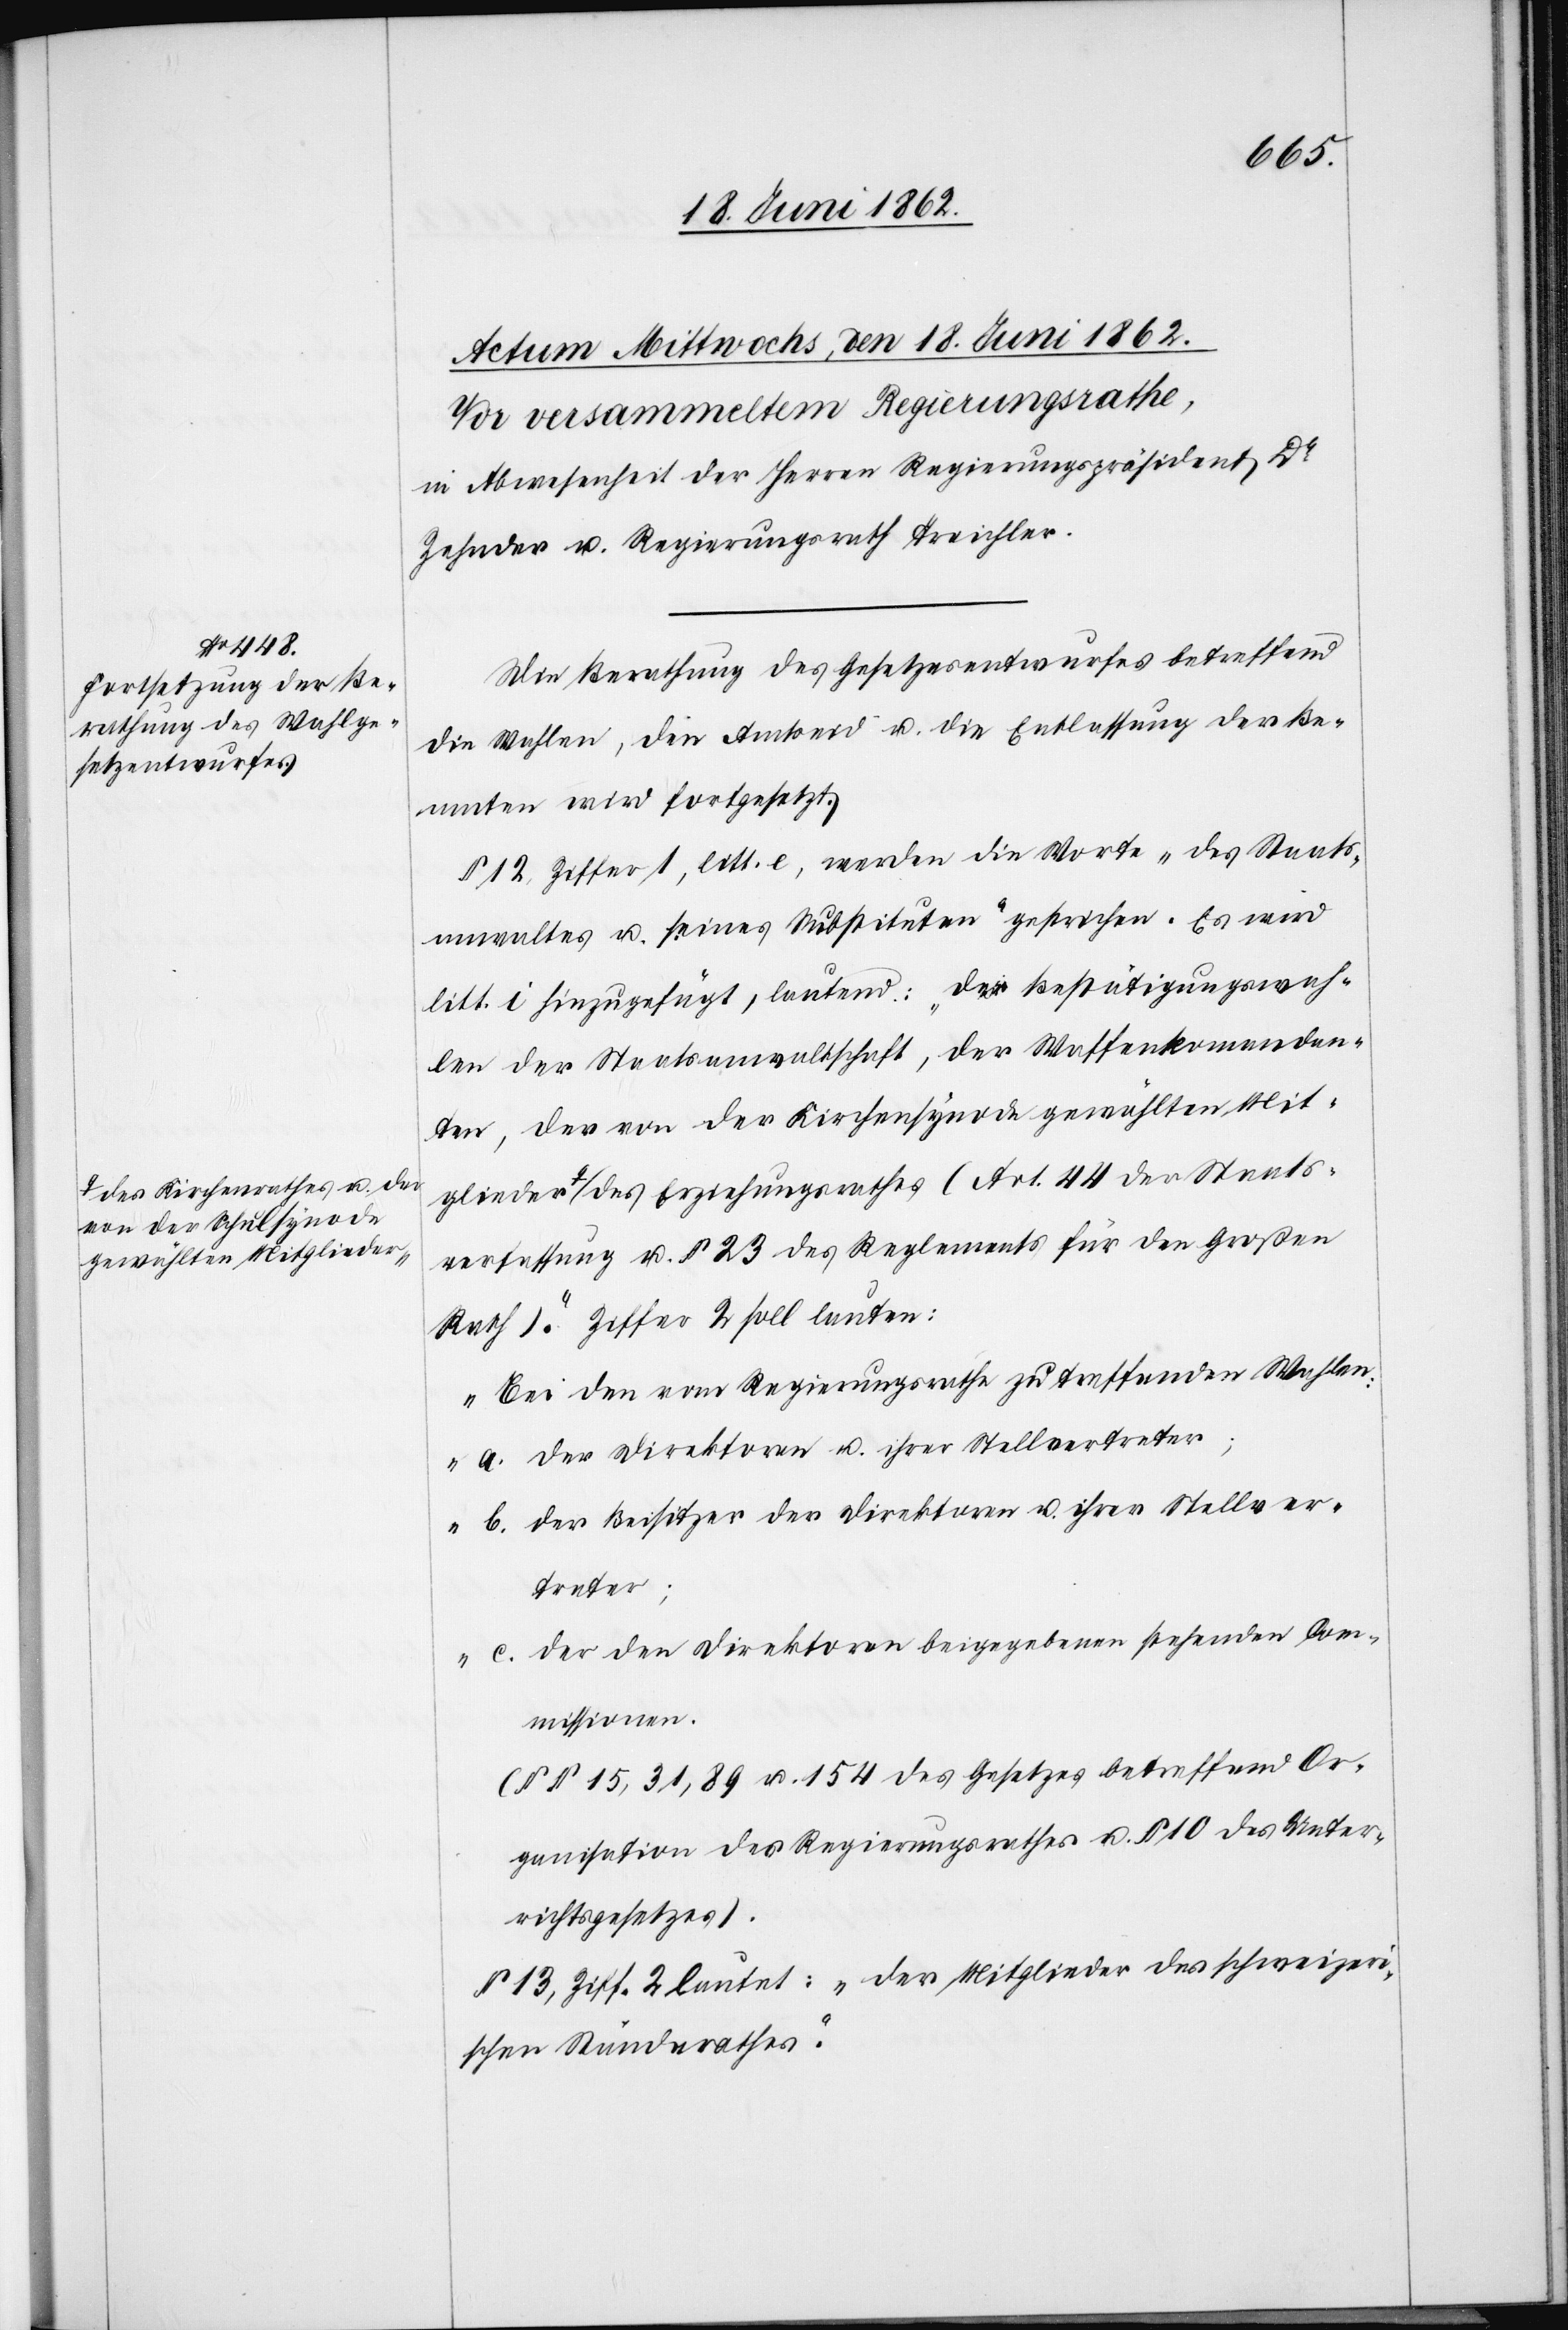
a-des Kirchenrathes u. der
von der Schulsynode
gewählten Mitglieder-a

Staats¬
Die Berathung des Gesetzesentwurfes betreffend
die Wahlen, den Amtseid u. die Entlassung der Be¬
amten wird fortgesetzt.
§ 12, Ziffer 1, litt. e, werden die Worte „des Staats¬
anwaltes u. seines Substituten“ gestrichen. Es wird
litt. i hinzugefügt, lautend: „Die Bestätigungswah¬
len der Staatsanwaltschaft, der Waffenkomandan¬
ten, der von der Kirchensynode gewählten Mit¬
verfassung u. § 23 des Reglements für den Großen
Rath).“ Ziffer 2 soll lauten:
„Bei den vom Regierungsrathe zu treffenden Wahlen:
a. der Direktoren u. ihrer Stellvertreter;
b. der Beisitzer der Direktoren u. ihrer Stellver¬
treter;
c. den Direktoren beigegebenen stehenden Co¬
mmissionen.
(§§ 15, 31, 89 u. 154 des Gesetzes betreffend Or¬
ganisation des Regierungsrathes u. § 10 des Unter¬
richtsgesetzes).[“]
§ 13, Ziff. 2 lautet: „Der Mitglieder des schweizeri¬
schen Ständerathes.“